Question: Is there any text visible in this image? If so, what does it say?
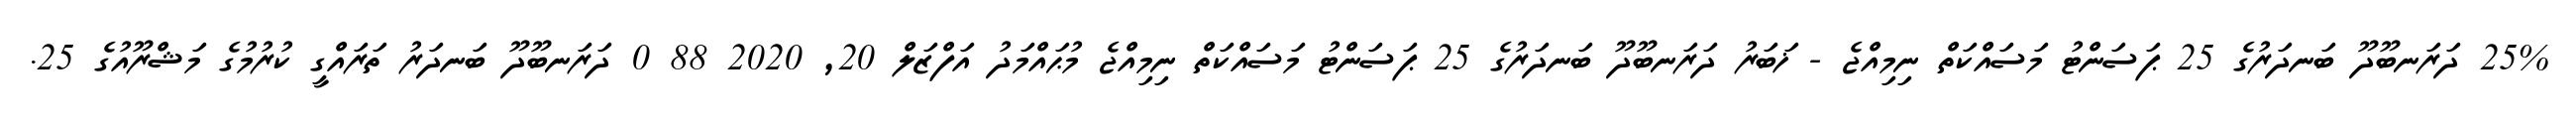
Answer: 25% ދަރަނބޫދޫ ބަނދަރުގެ 25 ޕަސަންޓު މަސައްކަތް ނިމިއްޖެ - ޚަބަރު ދަރަނބޫދޫ ބަނދަރުގެ 25 ޕަސަންޓު މަސައްކަތް ނިމިއްޖެ މުޙައްމަދު އަފްޒަލް 20, 2020 88 0 ދަރަނބޫދޫ ބަނދަރު ތަރައްގީ ކުރުމުގެ މަޝްރޫއުގެ 25.